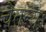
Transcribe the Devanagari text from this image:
चैतन्यः